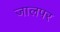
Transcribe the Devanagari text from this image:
जालपर